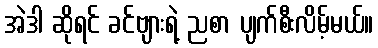
အဲဒါ ဆိုရင် ခင်ဗျားရဲ့ ညစာ ပျက်စီးလိမ့်မယ်။